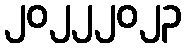
၂၀၂၂၂၀၂၃